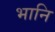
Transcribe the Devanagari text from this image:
भानि